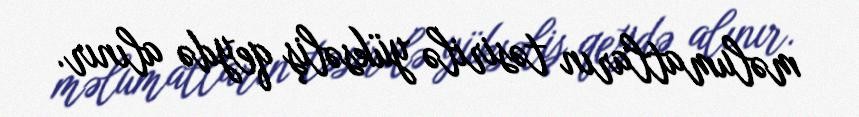
məlumatların təsirilə yüksəliş qeydə alınır.